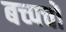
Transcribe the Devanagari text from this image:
बच्पचों